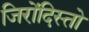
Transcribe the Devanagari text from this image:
जिरोंदिस्तो